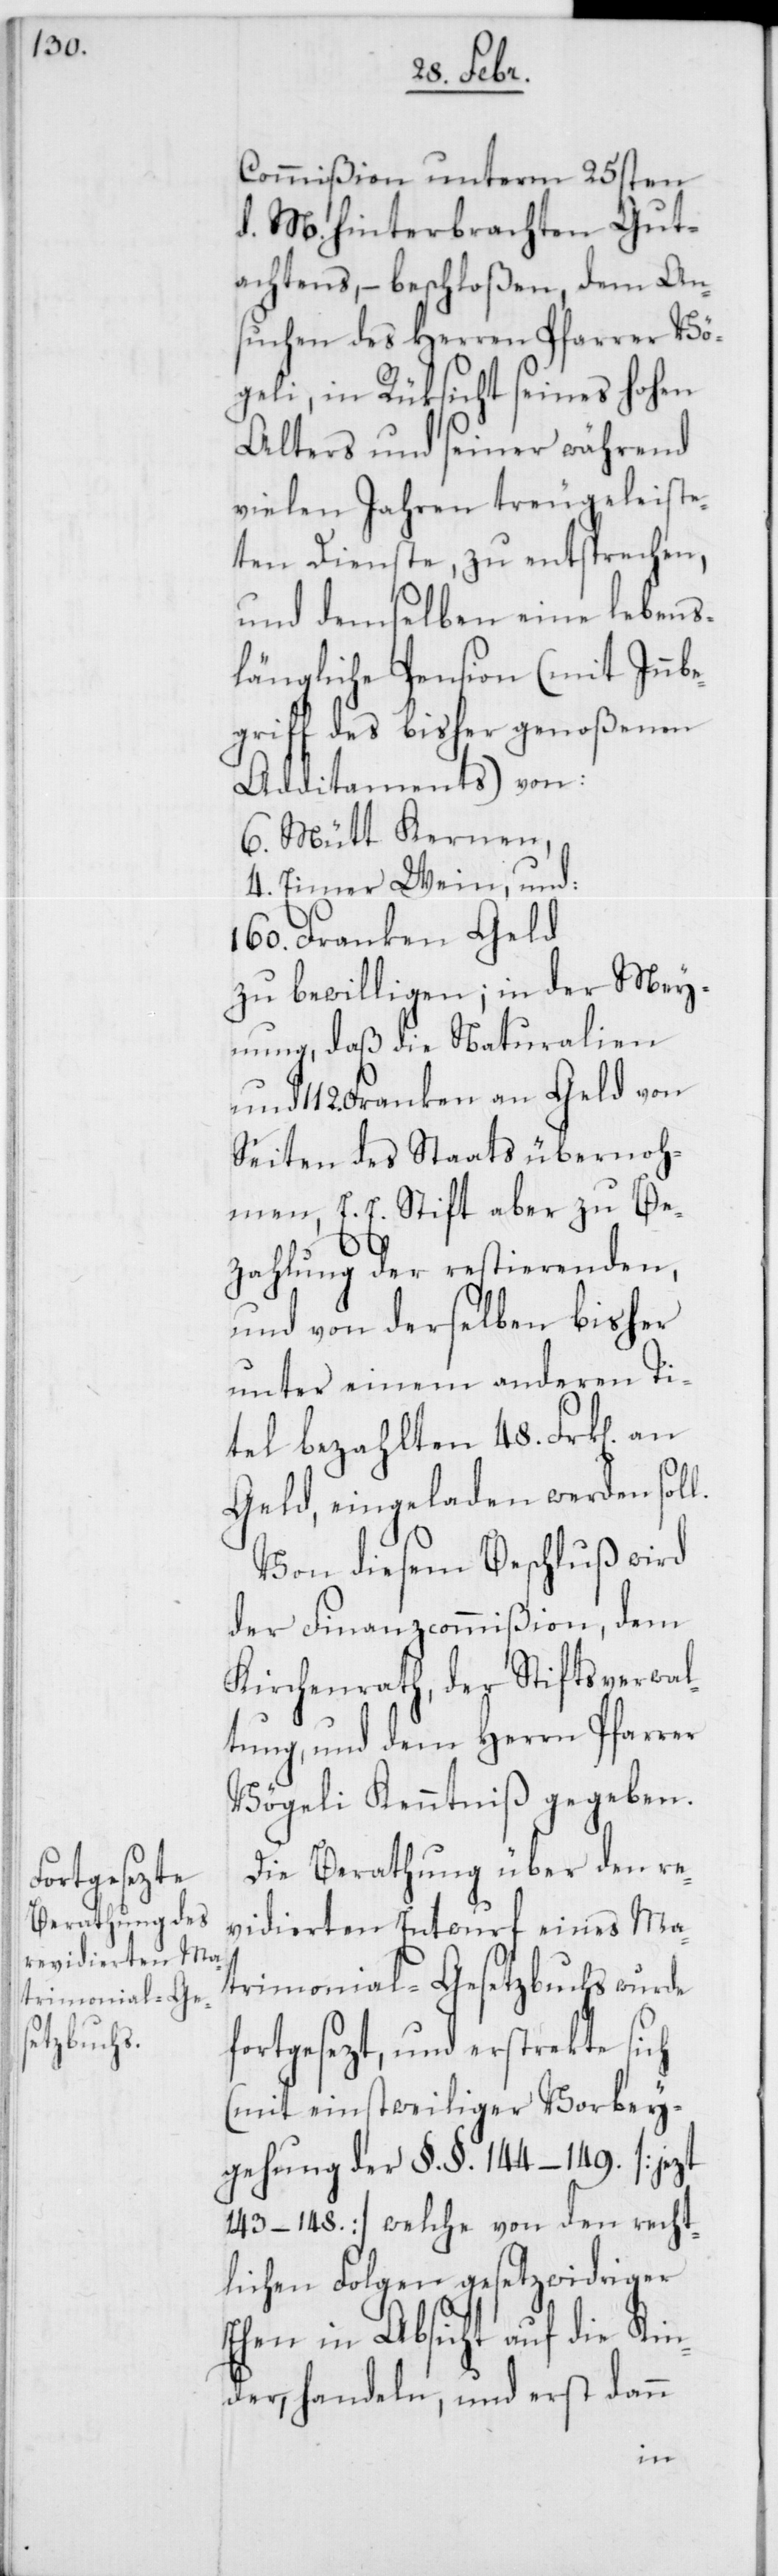
Commißion unterm 25sten
d. M. hinterbrachten Gut¬
achtens, – beschloßen, dem An¬
suchen des Herren Pfarrer Vö¬
geli, in Rüksicht seines hohen
Alters und seiner während
vielen Jahren treu geleiste¬
ten Dienste, zu entsprechen,
und demselben eine lebens¬
längliche Pension (mit Innbe¬
griff des bisher genoßenen
Additaments) von:
6. Mütt Kernen,
4. Eimer Wein, und:
160. Franken Geld
zu bewilligen; in der Mey¬
nung, daß die Naturalien
und 112. Franken an Geld von
Seiten des Staats übernoh¬
men, E. E. Stift aber zu Be¬
zahlung der restierenden,
und von derselben bisher
unter einem anderen Ti¬
tel bezahlten 48. Frk[en].
Geld, eingeladen werden soll.
Von diesem Beschluß wird
der Finanzcommißion, dem
Kirchenrath, der Stiftsverwal¬
tung, und dem Herrn Pfarrer
Vögeli Kenntniß gegeben.
Die Berathung über den re¬
vidierten Entwurf eines Ma¬
trimonial-Gesetzbuchs wurde
ortgesezt und erstreckte sich
(mit einstweiliger Vorbey¬
gehung der §. §. 144–149. [jezt
143–148] welche von den recht¬
lichen Folgen gesetzwidriger
Ehen in Absicht auf die Kin¬
der, handeln, und erst dann
f¬